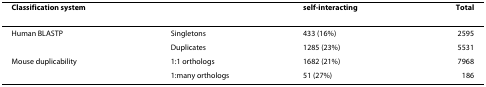
| Classification system |  | self-interacting | Total |
 | --- | --- | --- | --- |
 | Human BLASTP | Singletons | 433 (16%) | 2595 |
 |  | Duplicates | 1285 (23%) | 5531 |
 | Mouse duplicability | 1:1 orthologs | 1682 (21%) | 7968 |
 |  | 1:many orthologs | 51 (27%) | 186 |